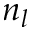
n _ { l }